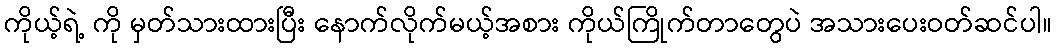
ကိုယ့်ရဲ့ ကို မှတ်သားထားပြီး နောက်လိုက်မယ့်အစား ကိုယ်ကြိုက်တာတွေပဲ အသားပေးဝတ်ဆင်ပါ။